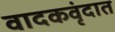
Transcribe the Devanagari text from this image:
वादकवृंदात